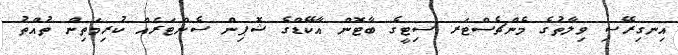
އިނގިރޭސި ވިލާތުގެ މެންޗެސްޓަރ ސިޓީގެ ބާޓޮން އާކޭޑްގެ ޝޮޕިން ސެންޓަރެއް ކުރިމަތިން ތުއްތު